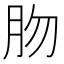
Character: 肳